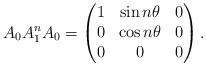
LaTeX: \begin{align*}A_0A_1^nA_0 = \begin{pmatrix}1&\sin n\theta&0\\ 0&\cos n\theta &0 \\ 0&0 &0\end{pmatrix}. \end{align*}